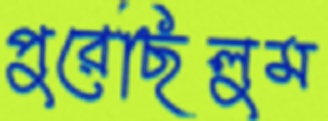
পুরেছিলুম